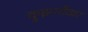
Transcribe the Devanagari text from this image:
क्रुझनौका